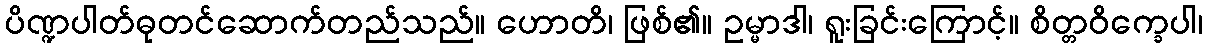
ပိဏ္ဍပါတ်ဓုတင်ဆောက်တည်သည်။ ဟောတိ၊ ဖြစ်၏။ ဥမ္မာဒါ၊ ရူးခြင်းကြောင့်။ စိတ္တဝိက္ခေပါ၊